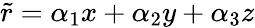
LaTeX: {\tilde{r}}=\alpha_{1}x+\alpha_{2}y+\alpha_{3}z